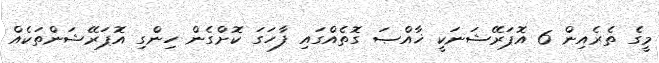
މީގެ ތެރެއިން 6 އޮޕަރޭޝަނަކީ ޚާއްޞަ ގޮތެއްގައި ފާހަގަ ކޮށްގެން ހިންގި އޮޕަރޭޝަންތަކެއް